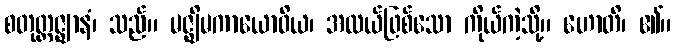
စတုတ္ထဇ္ဈာနံ၊ သည်။ မဇ္ဈိမကာယောဝိယ၊ အလယ်ဖြစ်သော ကိုယ်ကဲ့သို့။ ဟောတိ၊ ၏။